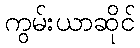
ကွမ်းယာဆိုင်